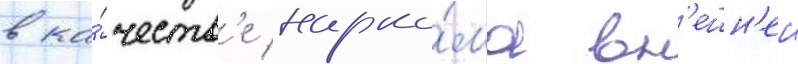
в ка́честв'е нарко́ма вн'ешн'еи